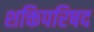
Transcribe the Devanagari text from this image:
शक्तिपरिषद